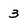
Character: 3